Manual of the Civil Veterinary Department, Central Provinces and Berar
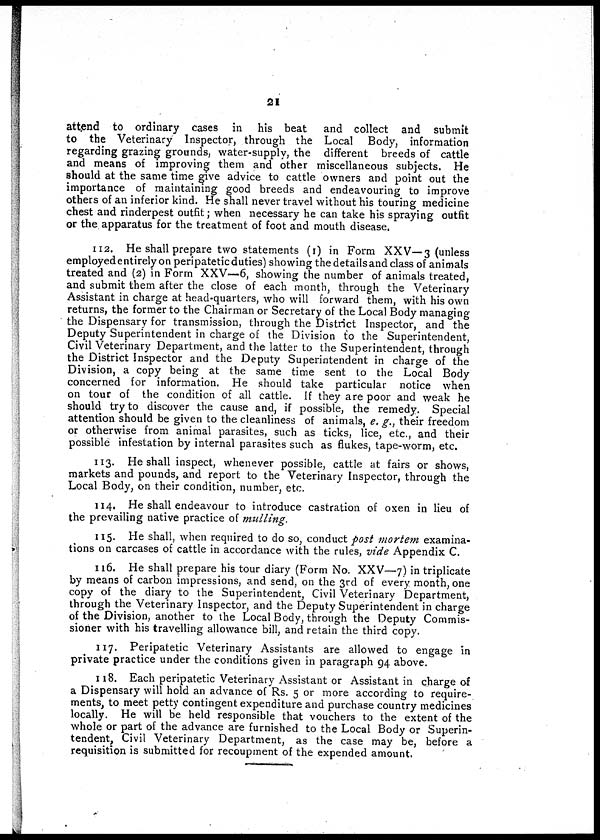
21
attend to ordinary cases in his beat
and collect and submit
to the Veterinary Inspector, through the Local Body, information
regarding grazing grounds, water-supply, the different breeds of cattle
and means of improving them and other miscellaneous subjects. He
should at the same time give advice to cattle owners and point out the
importance of maintaining good breeds and endeavouring to improve
others of an inferior kind. He shall never travel without his touring medicine
chest and rinderpest outfit; when necessary he can take his spraying outfit
or the apparatus for the treatment of foot and mouth disease.
112. He shall prepare two statements (1) in Form XXV—3 (unless
employed entirely on peripateticduties) showing the details and class of animals
treated and (2) in Form XXV—6, showing the number of animals treated,
and submit them after the close of each month, through the Veterinary
Assistant in charge at head-quarters, who will forward them, with his own
returns, the former to the Chairman or Secretary of the Local Body managing
the Dispensary for transmission, through the District Inspector, and the
Deputy Superintendent in charge of the Division to the Superintendent,
Civil Veterinary Department, and the latter to the Superintendent, through
the District Inspector and the Deputy Superintendent in charge of the
Division, a copy being at the same time sent to the Local Body
concerned for information. He should take particular notice when
on tour of the condition of all cattle. If they are poor and weak he
should try to discover the cause and, if possible, the remedy. Special
attention should be given to the cleanliness of animals, e. g., their freedom
or otherwise from animal parasites, such as ticks, lice, etc., and their
possible infestation by internal parasites such as flukes, tape-worm, etc.
113. He shall inspect, whenever possible, cattle at fairs or shows,
markets and pounds, and report to the Veterinary Inspector, through the
Local Body, on their condition, number, etc.
114. He shall endeavour to introduce castration of oxen in lieu of
the prevailing native practice of mulling.
115. He shall, when required to do so, conduct post mortem, examina-
tions on carcases of cattle in accordance with the rules, vide Appendix C.
116. He shall prepare his tour diary (Form No. XXV—7) in triplicate
by means of carbon impressions, and send, on the 3rd of every month, one
copy of the diary to the Superintendent, Civil Veterinary Department,
through the Veterinary Inspector, and the Deputy Superintendent in charge
of the Division, another to the Local Body, through the Deputy Commis-
sioner with his travelling allowance bill, and retain the third copy.
117. Peripatetic Veterinary Assistants are allowed to engage in
private practice under the conditions given in paragraph 94 above.
118. Each peripatetic Veterinary Assistant or Assistant in charge of
a Dispensary will hold an advance of Rs. 5 or more according to require-
ments, to meet petty contingent expenditure and purchase country medicines
locally. He will be held responsible that vouchers to the extent of the
whole or part of the advance are furnished to the Local Body or Superin-
tendent, Civil Veterinary Department, as the case may be, before a
requisition is submitted for recoupment of the expended amount.